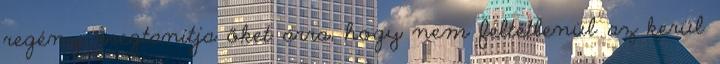
regény megtanítja őket arra, hogy nem feltétlenül az kerül